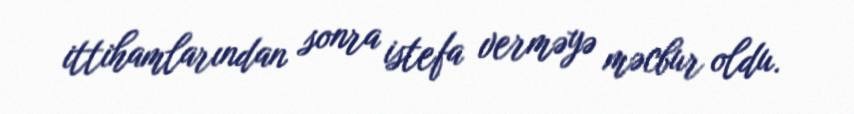
ittihamlarından sonra istefa verməyə məcbur oldu.